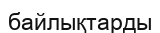
байлықтарды